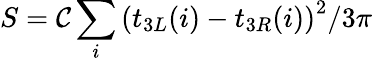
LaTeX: S=\mathcal{C}\sum_{i}\left(t_{3L}(i)-t_{3R}(i)\right)^{2}/3\pi